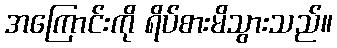
အကြောင်းကို ရိပ်စားမိသွားသည်။